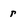
Character: r